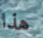
هذا